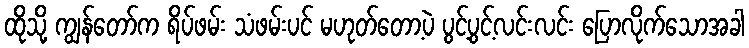
ထိုသို့ ကျွန်တော်က ရိပ်ဖမ်း သံဖမ်းပင် မဟုတ်တော့ပဲ ပွင့်ပွင့်လင်းလင်း ပြောလိုက်သောအခါ